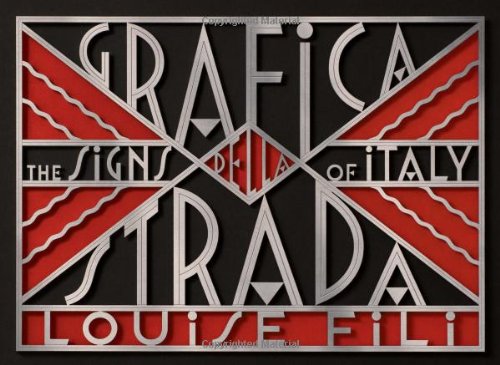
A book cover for Grafica della Strada: The Signs of Italy; Louise Fili; Arts & Photography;